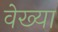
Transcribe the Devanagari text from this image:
वेख्या